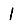
Digit: 1